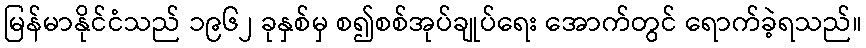
မြန်မာနိုင်ငံသည် ၁၉၆၂ ခုနှစ်မှ စ၍စစ်အုပ်ချုပ်ရေး အောက်တွင် ရောက်ခဲ့ရသည်။